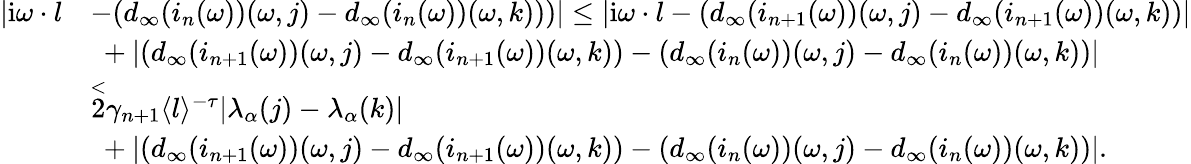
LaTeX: \begin{array}{rl}{|\mathrm{i}\omega\cdot l}&{-(d_{\infty}(i_{n}(\omega))(\omega,j)-d_{\infty}(i_{n}(\omega))(\omega,k)))|\le|\mathrm{i}\omega\cdot l-(d_{\infty}(i_{n+1}(\omega))(\omega,j)-d_{\infty}(i_{n+1}(\omega))(\omega,k))|}\\ &{\ +|(d_{\infty}(i_{n+1}(\omega))(\omega,j)-d_{\infty}(i_{n+1}(\omega))(\omega,k))-(d_{\infty}(i_{n}(\omega))(\omega,j)-d_{\infty}(i_{n}(\omega))(\omega,k))|}\\ &{\overset<2\gamma_{n+1}\langle l\rangle^{-\tau}|\lambda_{\alpha}(j)-\lambda_{\alpha}(k)|}\\ &{\ +|(d_{\infty}(i_{n+1}(\omega))(\omega,j)-d_{\infty}(i_{n+1}(\omega))(\omega,k))-(d_{\infty}(i_{n}(\omega))(\omega,j)-d_{\infty}(i_{n}(\omega))(\omega,k))|.}\end{array}